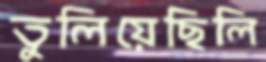
তুলিয়েছিলি